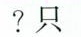
？只